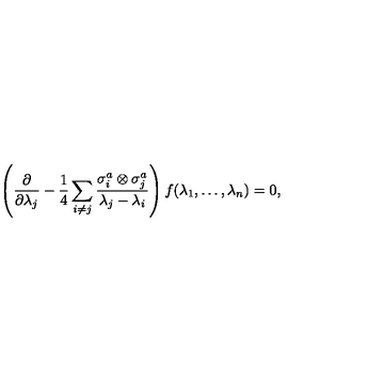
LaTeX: \left( { \frac { \partial } { \partial \lambda _ { j } } } - { \frac { 1 } { 4 } } \sum _ { i \neq j } { \frac { \sigma _ { i } ^ { a } \otimes \sigma _ { j } ^ { a } } { \lambda _ { j } - \lambda _ { i } } } \right) f ( \lambda _ { 1 } , \ldots , \lambda _ { n } ) = 0 ,